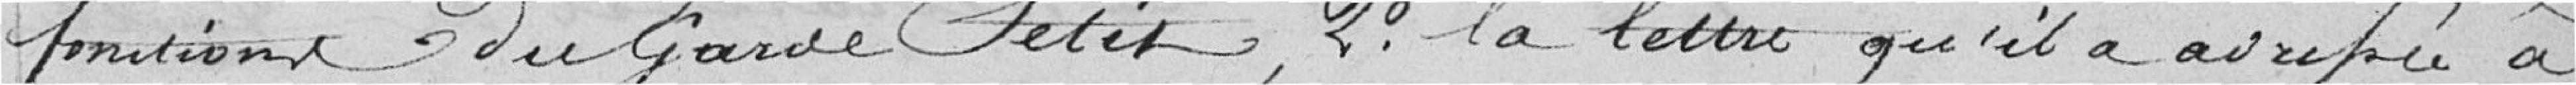
fonction du garde Petit ; 2° la lettre qu'il a adressé à